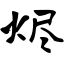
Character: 烬